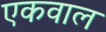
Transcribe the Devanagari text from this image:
एकवाल